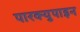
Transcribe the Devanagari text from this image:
पारक्युपाइन